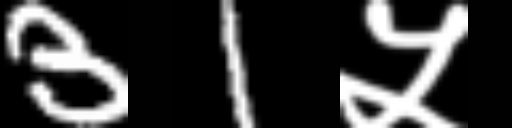
Text: 31५